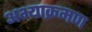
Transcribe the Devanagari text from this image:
अभ्याक्रमण